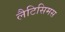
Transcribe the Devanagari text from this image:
लैटिसिमस